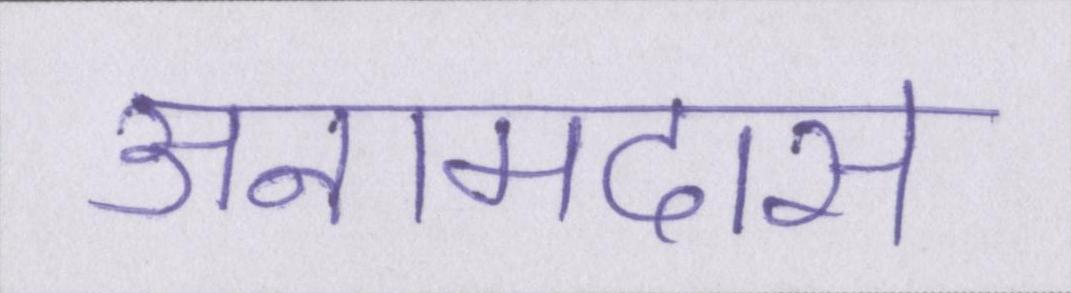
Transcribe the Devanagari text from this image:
अनामदास